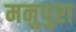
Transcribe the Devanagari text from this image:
मनुपुरा